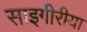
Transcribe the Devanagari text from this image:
साइगीरीया